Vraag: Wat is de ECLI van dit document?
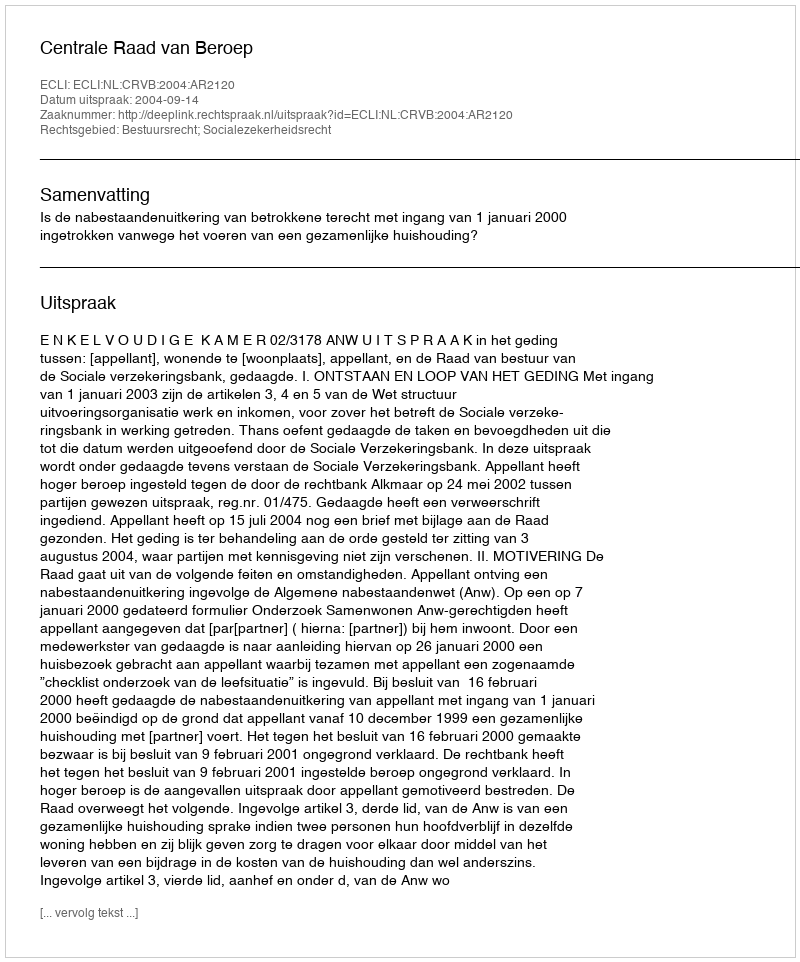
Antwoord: ECLI:NL:CRVB:2004:AR2120